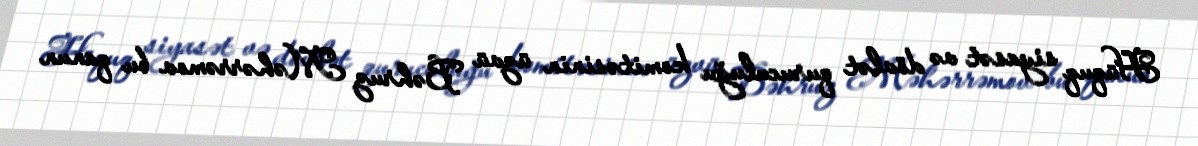
Hüquq siyasət və dövlət quruculuğu komitəsinin üzvü Bəhruz Məhərrəmov bu qanun